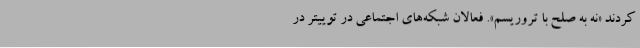
کردند «نه به صلح با تروریسم». فعالان شبکه‌های اجتماعی در توییتر در